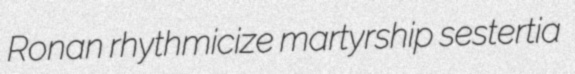
Ronan rhythmicize martyrship sestertia